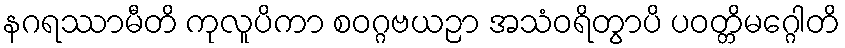
နဂရဿာမီတိ ကုလူပိကာ စဝဂ္ဂဗယဉာ အသံဝရိတွာပိ ပဝတ္တိမဂ္ဂေါတိ